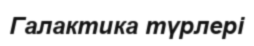
Галактика түрлері